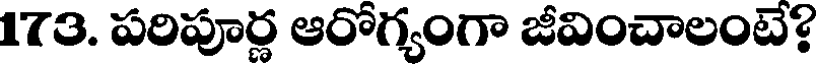
173. పరిపూర్ణ ఆరోగ్యంగా జీవించాలంటే?